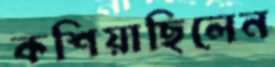
কশিয়াছিলেন